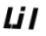
انا